Annual report of the Civil Veterinary Department, Bengal, and of the Bengal Veterinary College for the year 1904-1905 - 1904-1905
Year: 1904
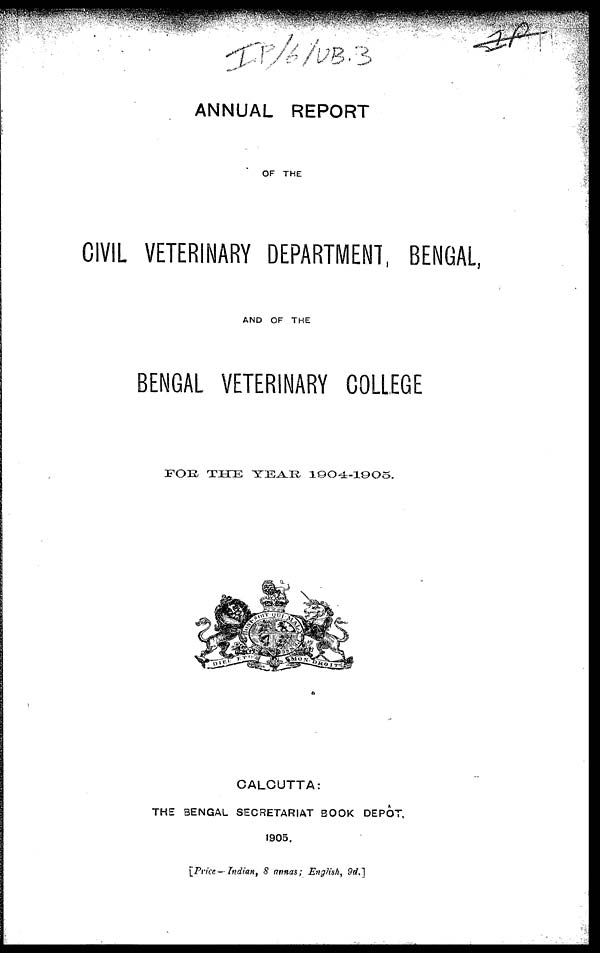
ANNUAL REPORT
OF THE
CIVIL VETERINARY DEPARTMENT, BENGAL,
AND OF THE
BENGAL VETERINARY COLLEGE
FOR
THE
YEAR
1904-1905.
CALCUTTA:
THE BENGAL SECRETARIAT BOOK DEPOT,
1905.
[Price—Indian, 8 annas; English, 9d.]